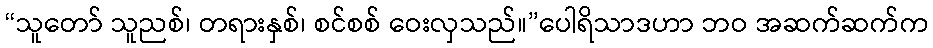
“သူတော် သူညစ်၊ တရားနှစ်၊ စင်စစ် ဝေးလှသည်။”ပေါရိသာဒဟာ ဘဝ အဆက်ဆက်က